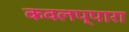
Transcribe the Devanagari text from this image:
कवलप्पारा